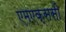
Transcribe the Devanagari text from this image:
एमएक्ससी